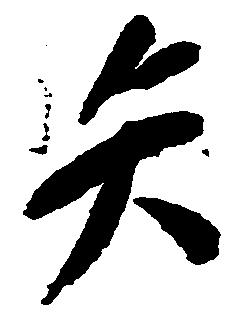
矢